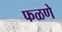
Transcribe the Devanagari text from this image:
फळणे